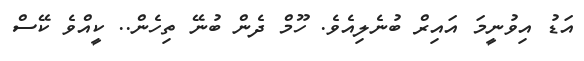
އަޑު އިވުނީމަ އައިރް ބުނެލިއެވެ. ހޫމް ދެން ބުނޭ ތިހެން.. ކީއްވެ ކޭސް